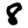
Digit: 8